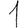
Digit: 1